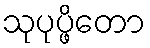
သုပုပ္ဖိတော